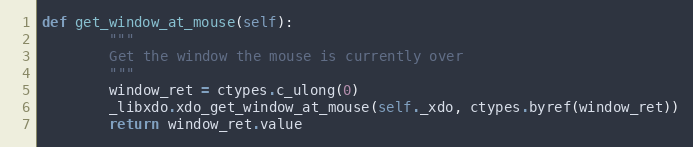
Language: Python
def get_window_at_mouse(self):
        """
        Get the window the mouse is currently over
        """
        window_ret = ctypes.c_ulong(0)
        _libxdo.xdo_get_window_at_mouse(self._xdo, ctypes.byref(window_ret))
        return window_ret.value